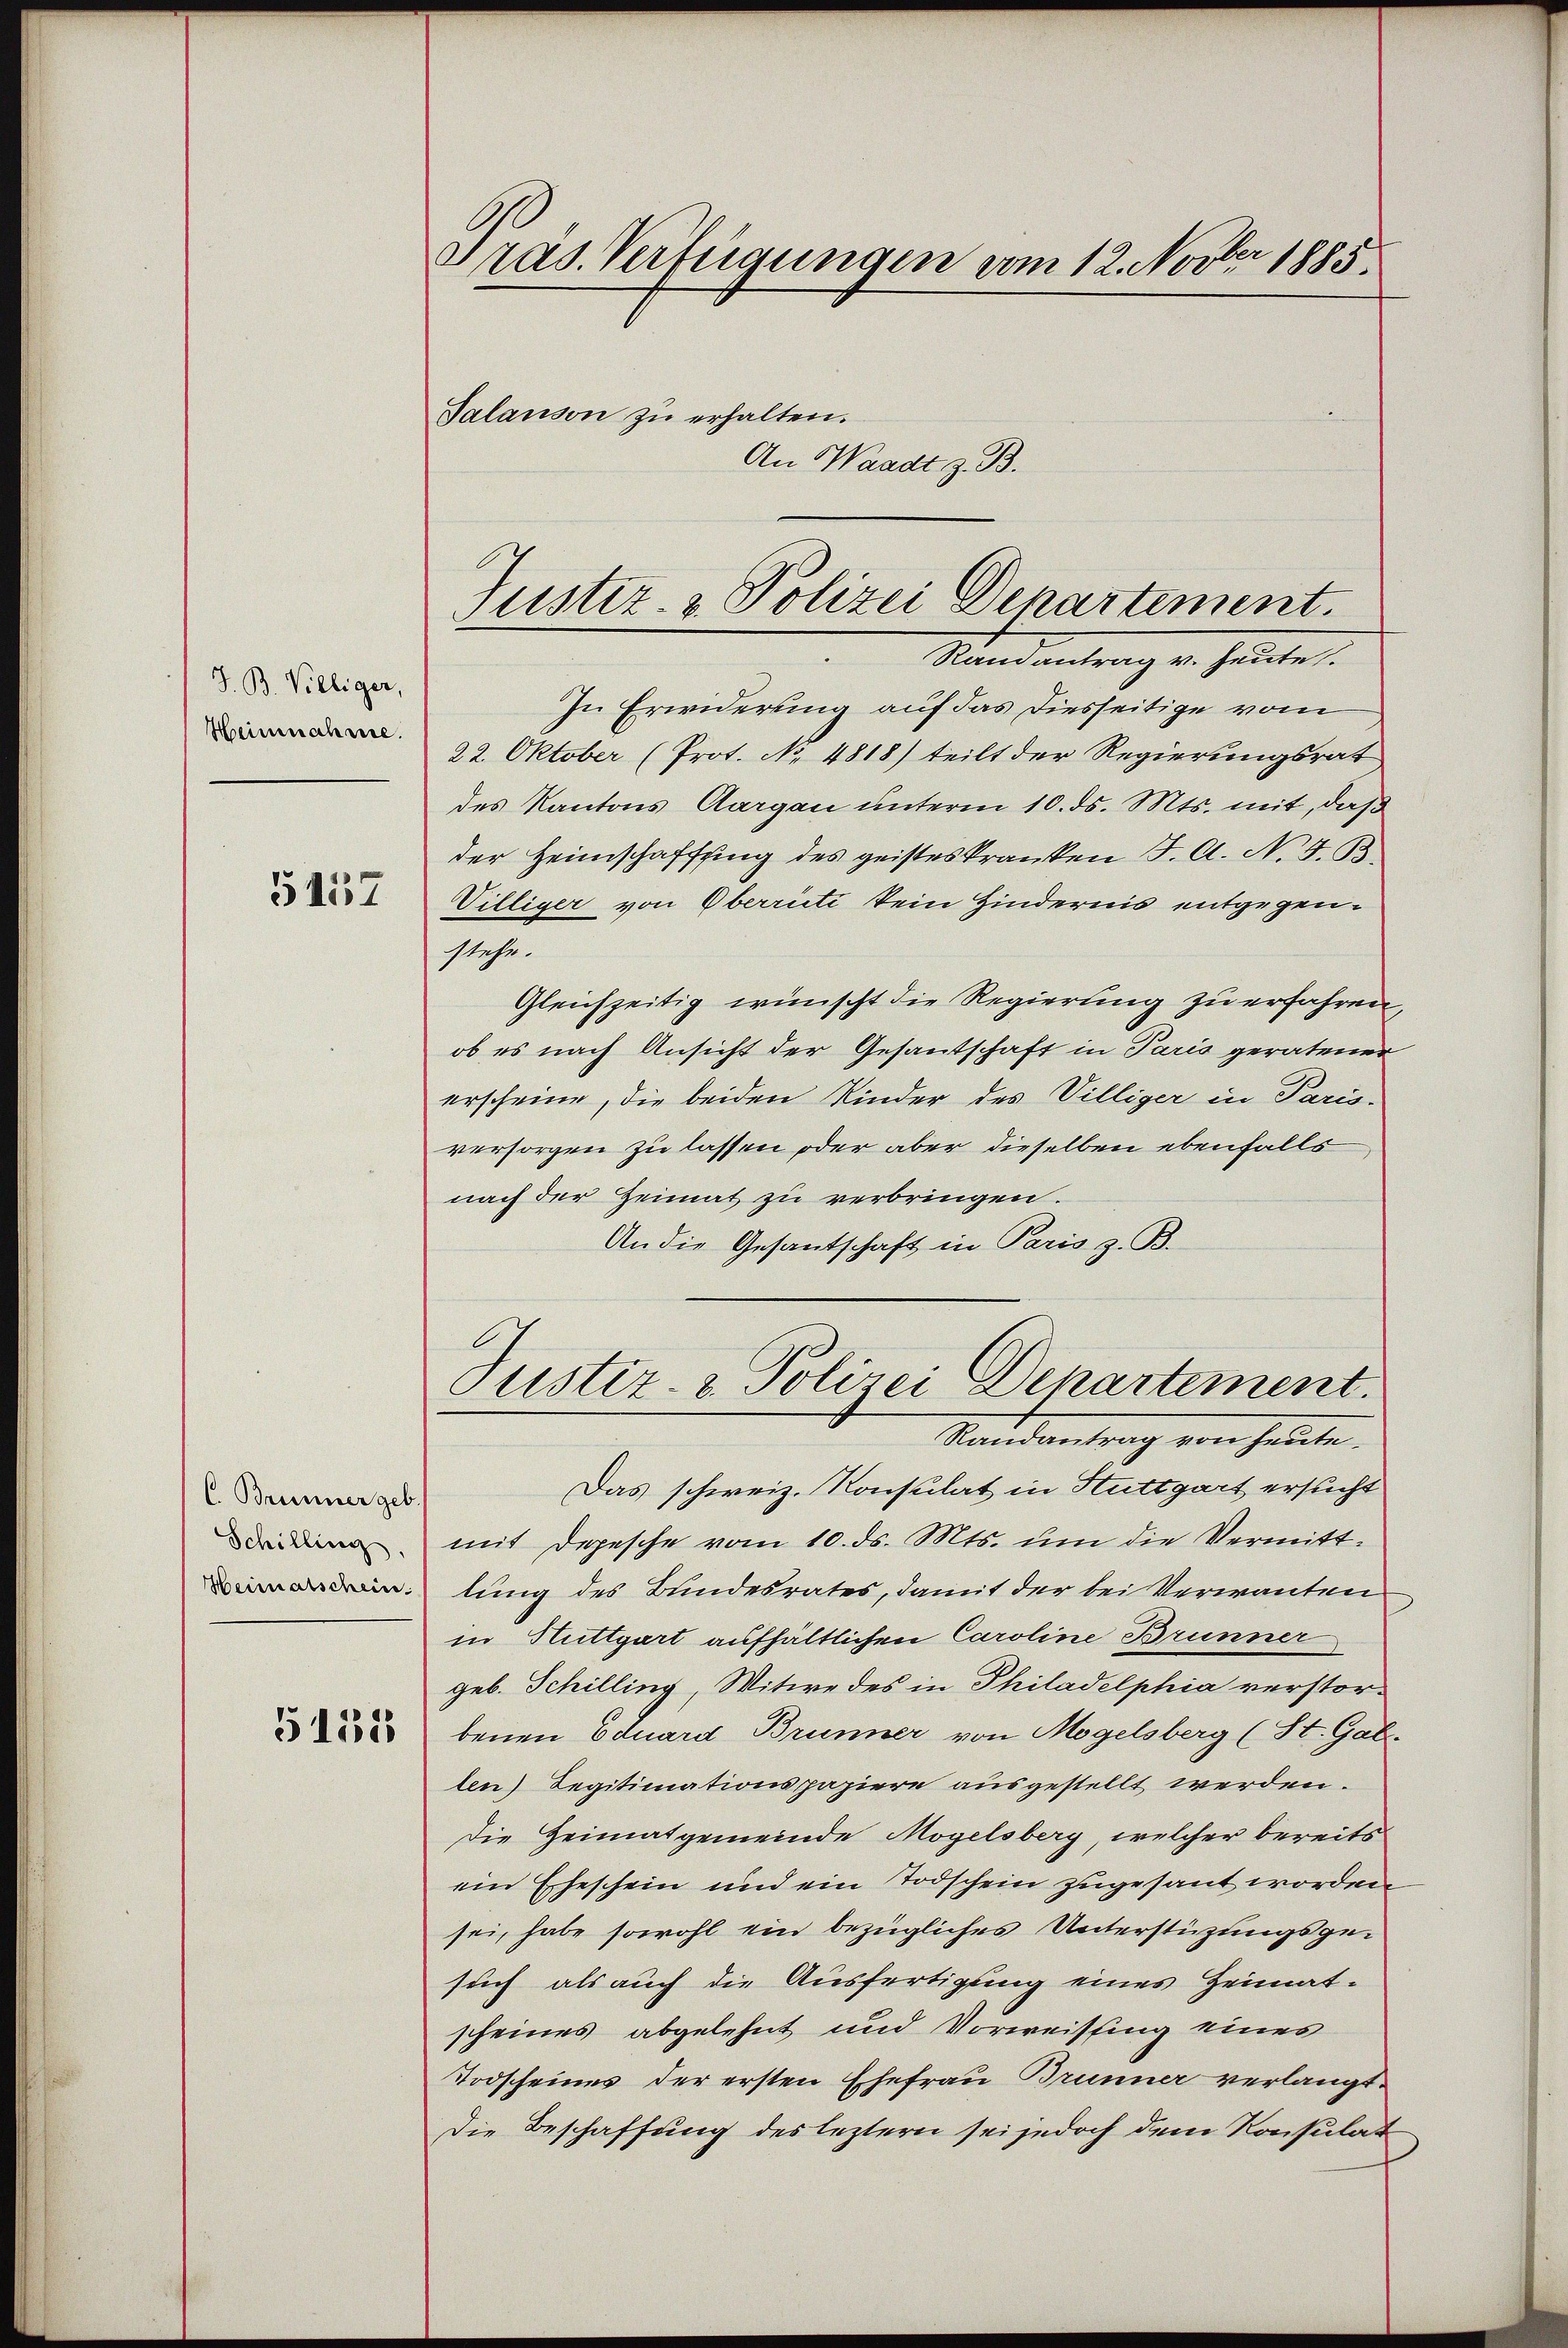
J. B. Villiger,
Heinmahrre.

5157

C. Brunner geb.
Schilling
Heimatschein

5111

Pras. Verfügungen vom 12. Novber 1885.

Salanson zŭ erhalten.
In Erwiderung auf das diesseitige vom
22. Oktober (Prot. No. 4818) teilt der Regierungsrat
des Kantons Aargau unterm 10. ds. Mts. mit, daß
der Heimschaffung des geisteskranken J. A. No. 4. B.
Villiger von Oberrüti kein Hindernis entgegenstehe.
Gleichzeitig wünscht die Regierung zu erfahren,
ob es nach Ansicht der Gesantschaft in Paris geratener
erscheine, die beiden Kinder des Villiger in Paris-
versorgen zu lassen oder aber dieselben ebenfalls
nach der Heimat zu verbringen.
An die Gesantschaft in Paris z. B.
Justiz- & Polizei Denartement.
Randantrag von heute.
Das schweiz. Konsulat in Stuttgart ersucht
mit Depesche vom 10. ds. Mts. um die Vermittlung des Bundesrates, damit der bei Verwanten
in Stuttgart aufhältlichen Caroline Brünner
geb. Schilling, Witwe des in Philadelphia verstor-
benen Eduard Brunner von Mogelsberg (St. Gal
ten) Legitimationspapiere ausgestellt werden.
Die Heimatgemeinde Mögelsberg, welcher bereits
ein Eheschein und ein Todschein zugesant worden
sei, habe sowohl ein bezügliches Unterstüzungsgesuch als auch die Ausfertigung eines Heimatscheines abgelehnt und Vorweissing eines
Todscheines der ersten Ehefrau Brunner verlangt.
Die Beschaffung des leztern sei jedoch dem Konsulat

An Waadt z. B.

Justiz- & Polizei Denartement.
Ranantrag v. Heute.
.